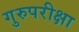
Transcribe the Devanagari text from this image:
गुरुपरीक्षा